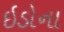
ઇડોના